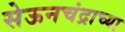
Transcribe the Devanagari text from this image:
सेऊनचंद्राच्या